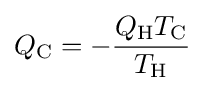
Q_{\rm {C}}=-{\frac {Q_{\rm {H}}T_{\rm {C}}}{T_{\rm {H}}}}